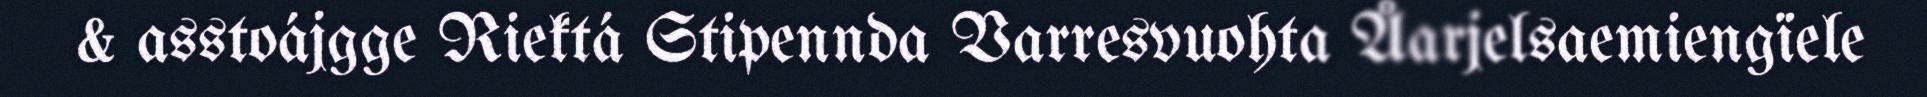
& asstoájgge Riektá Stipennda Varresvuohta Åarjelsaemiengïele